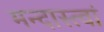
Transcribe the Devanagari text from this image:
मन्दास्त्वां